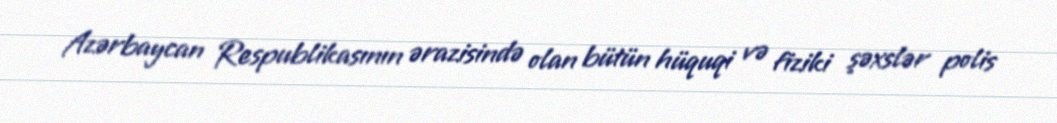
Azərbaycan Respublikasının ərazisində olan bütün hüquqi və fiziki şəxslər polis